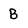
Character: b